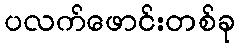
ပလက်ဖောင်းတစ်ခု